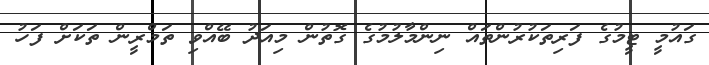
ގައުމީ ޓީމުގެ ފަރިތަކުރުންތައް ނިންމާލުމުގެ ގޮތުން މިއަދު ބޭއްވި ތަމްރީން ތަކަށް ފަހު